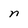
Character: n